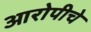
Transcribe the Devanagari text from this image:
आरोपीचे